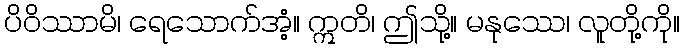
ပိဝိဿာမိ၊ ရေသောက်အံ့။ ဣတိ၊ ဤသို့။ မနုဿေ၊ လူတို့ကို။